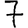
Digit: 7